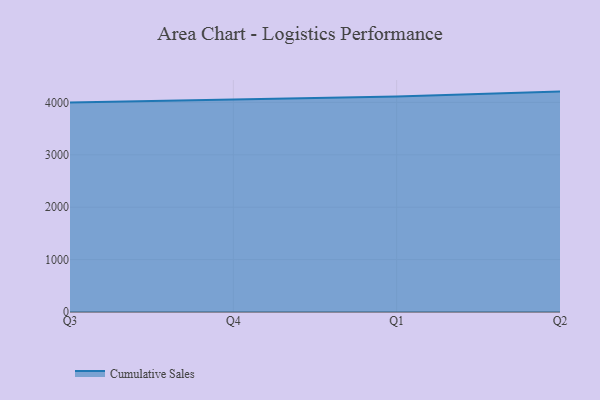
{"axis": {"x": "Quarter", "y": "Inventory Turnover"}, "legend": ["Cumulative Sales"], "data": [{"x": "Q3", "y": 4000.4, "type": "Cumulative Sales"}, {"x": "Q4", "y": 4062.6, "type": "Cumulative Sales"}, {"x": "Q1", "y": 4112.5, "type": "Cumulative Sales"}, {"x": "Q2", "y": 4206.2, "type": "Cumulative Sales"}]}